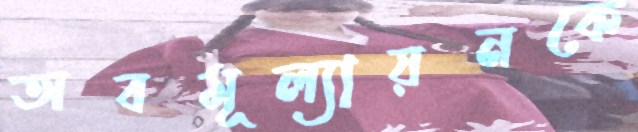
অবমূল্যায়নকে